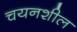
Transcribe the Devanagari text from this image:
चयनशील